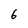
Character: 6